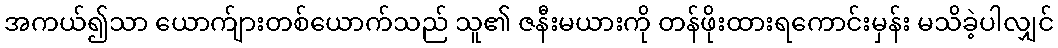
အကယ်၍သာ ယောက်ျားတစ်ယောက်သည် သူ၏ ဇနီးမယားကို တန်ဖိုးထားရကောင်းမှန်း မသိခဲ့ပါလျှင်